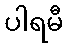
ပါရမီ